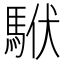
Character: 𩢰